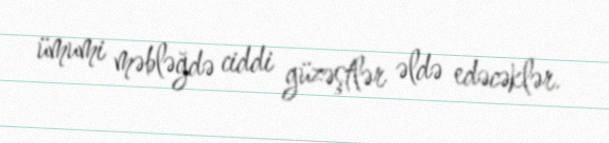
ümumi məbləğdə ciddi güzəştlər əldə edəcəklər.